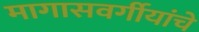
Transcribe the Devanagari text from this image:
मागासवर्गीयांचे